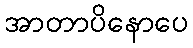
အာတာပိနောပေ